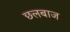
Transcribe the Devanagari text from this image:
छलबाज